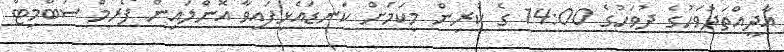
އާދީއްތަދުވަހުގެ ދުވަހުގެ 14:00 ގެ ކުރިން މިކަމަށް ކަނޑައެޅިފައިވާ އޮންލައިން ފޯރމް ސަބްމިޓް